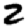
Digit: 2